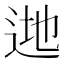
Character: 逇